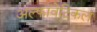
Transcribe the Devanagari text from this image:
अल्फावेटिकल